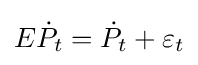
E{\dot {P}}_{t}={\dot {P}}_{t}+\varepsilon _{t}